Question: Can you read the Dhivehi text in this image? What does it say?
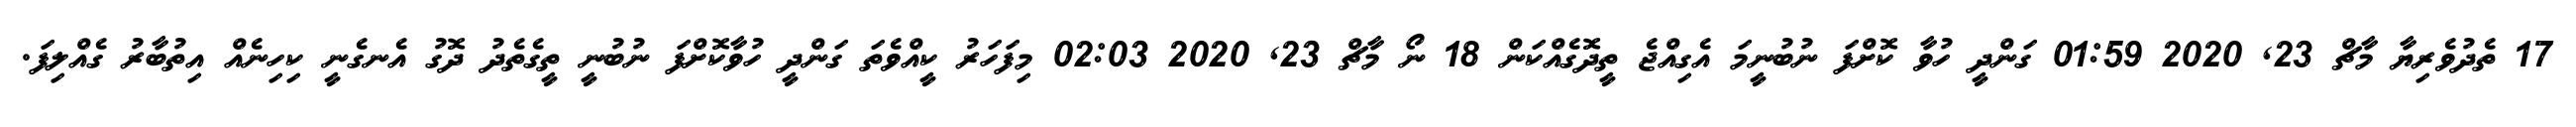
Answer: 17 ތެދުވެރިޔާ މާޗް 23, 2020 01:59 ގަންދީ ހުވާ ކޮށްފަ ނުބުނީމަ އެގިއްޖެ ތީދޮގެއްކަން 18 ނޯ މާޗް 23, 2020 02:03 މިފަހަރު ކީއްވެތަ ގަންދީ ހުވާކޮށްފަ ނުބުނީ ތީގެތެދު ދޮގު އެނގެނީ ކިހިނެއް އިތުބާރު ގެއްލިފަ.